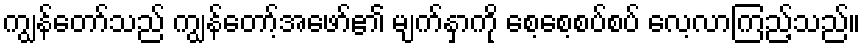
ကျွန်တော်သည် ကျွန်တော့်အဖော်၏ မျက်နှာကို စေ့စေ့စပ်စပ် လေ့လာကြည့်သည်။